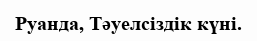
Руанда, Тәуелсiздiк күнi.